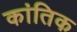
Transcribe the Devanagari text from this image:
कांतिक